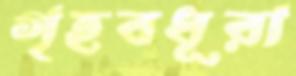
গৃহবধূরা